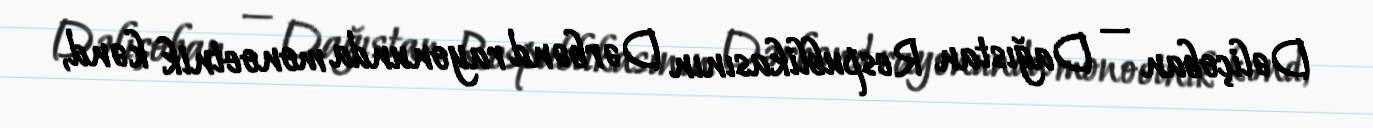
Dəliçoban — Dağıstan Respublikasının Dərbənd rayonunda monoetnik kənd,